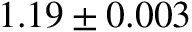
1 . 1 9 \pm 0 . 0 0 3